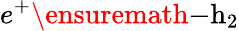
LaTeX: {e}^{+}\ensuremath{-}{\mathrm{h}}_{2}